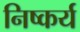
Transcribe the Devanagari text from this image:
निष्कर्य